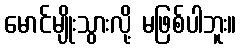
မောင်မျိုးသွားလို့ မဖြစ်ပါဘူး။